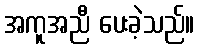
အကူအညီ ပေးခဲ့သည်။